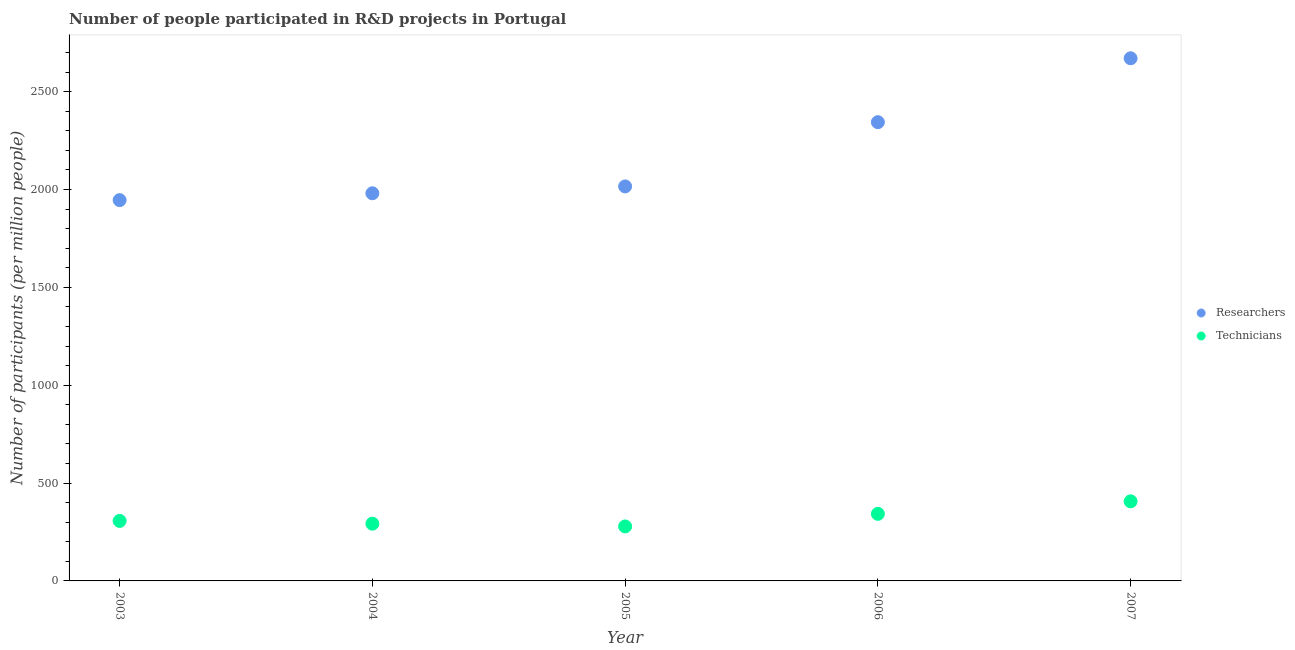
| Year | Researchers | Technicians |
 | --- | --- | --- |
 | 2003 | 1.95e+03 | 307 |
 | 2004 | 1.98e+03 | 292 |
 | 2005 | 2.02e+03 | 278 |
 | 2006 | 2.34e+03 | 343 |
 | 2007 | 2.67e+03 | 407 |